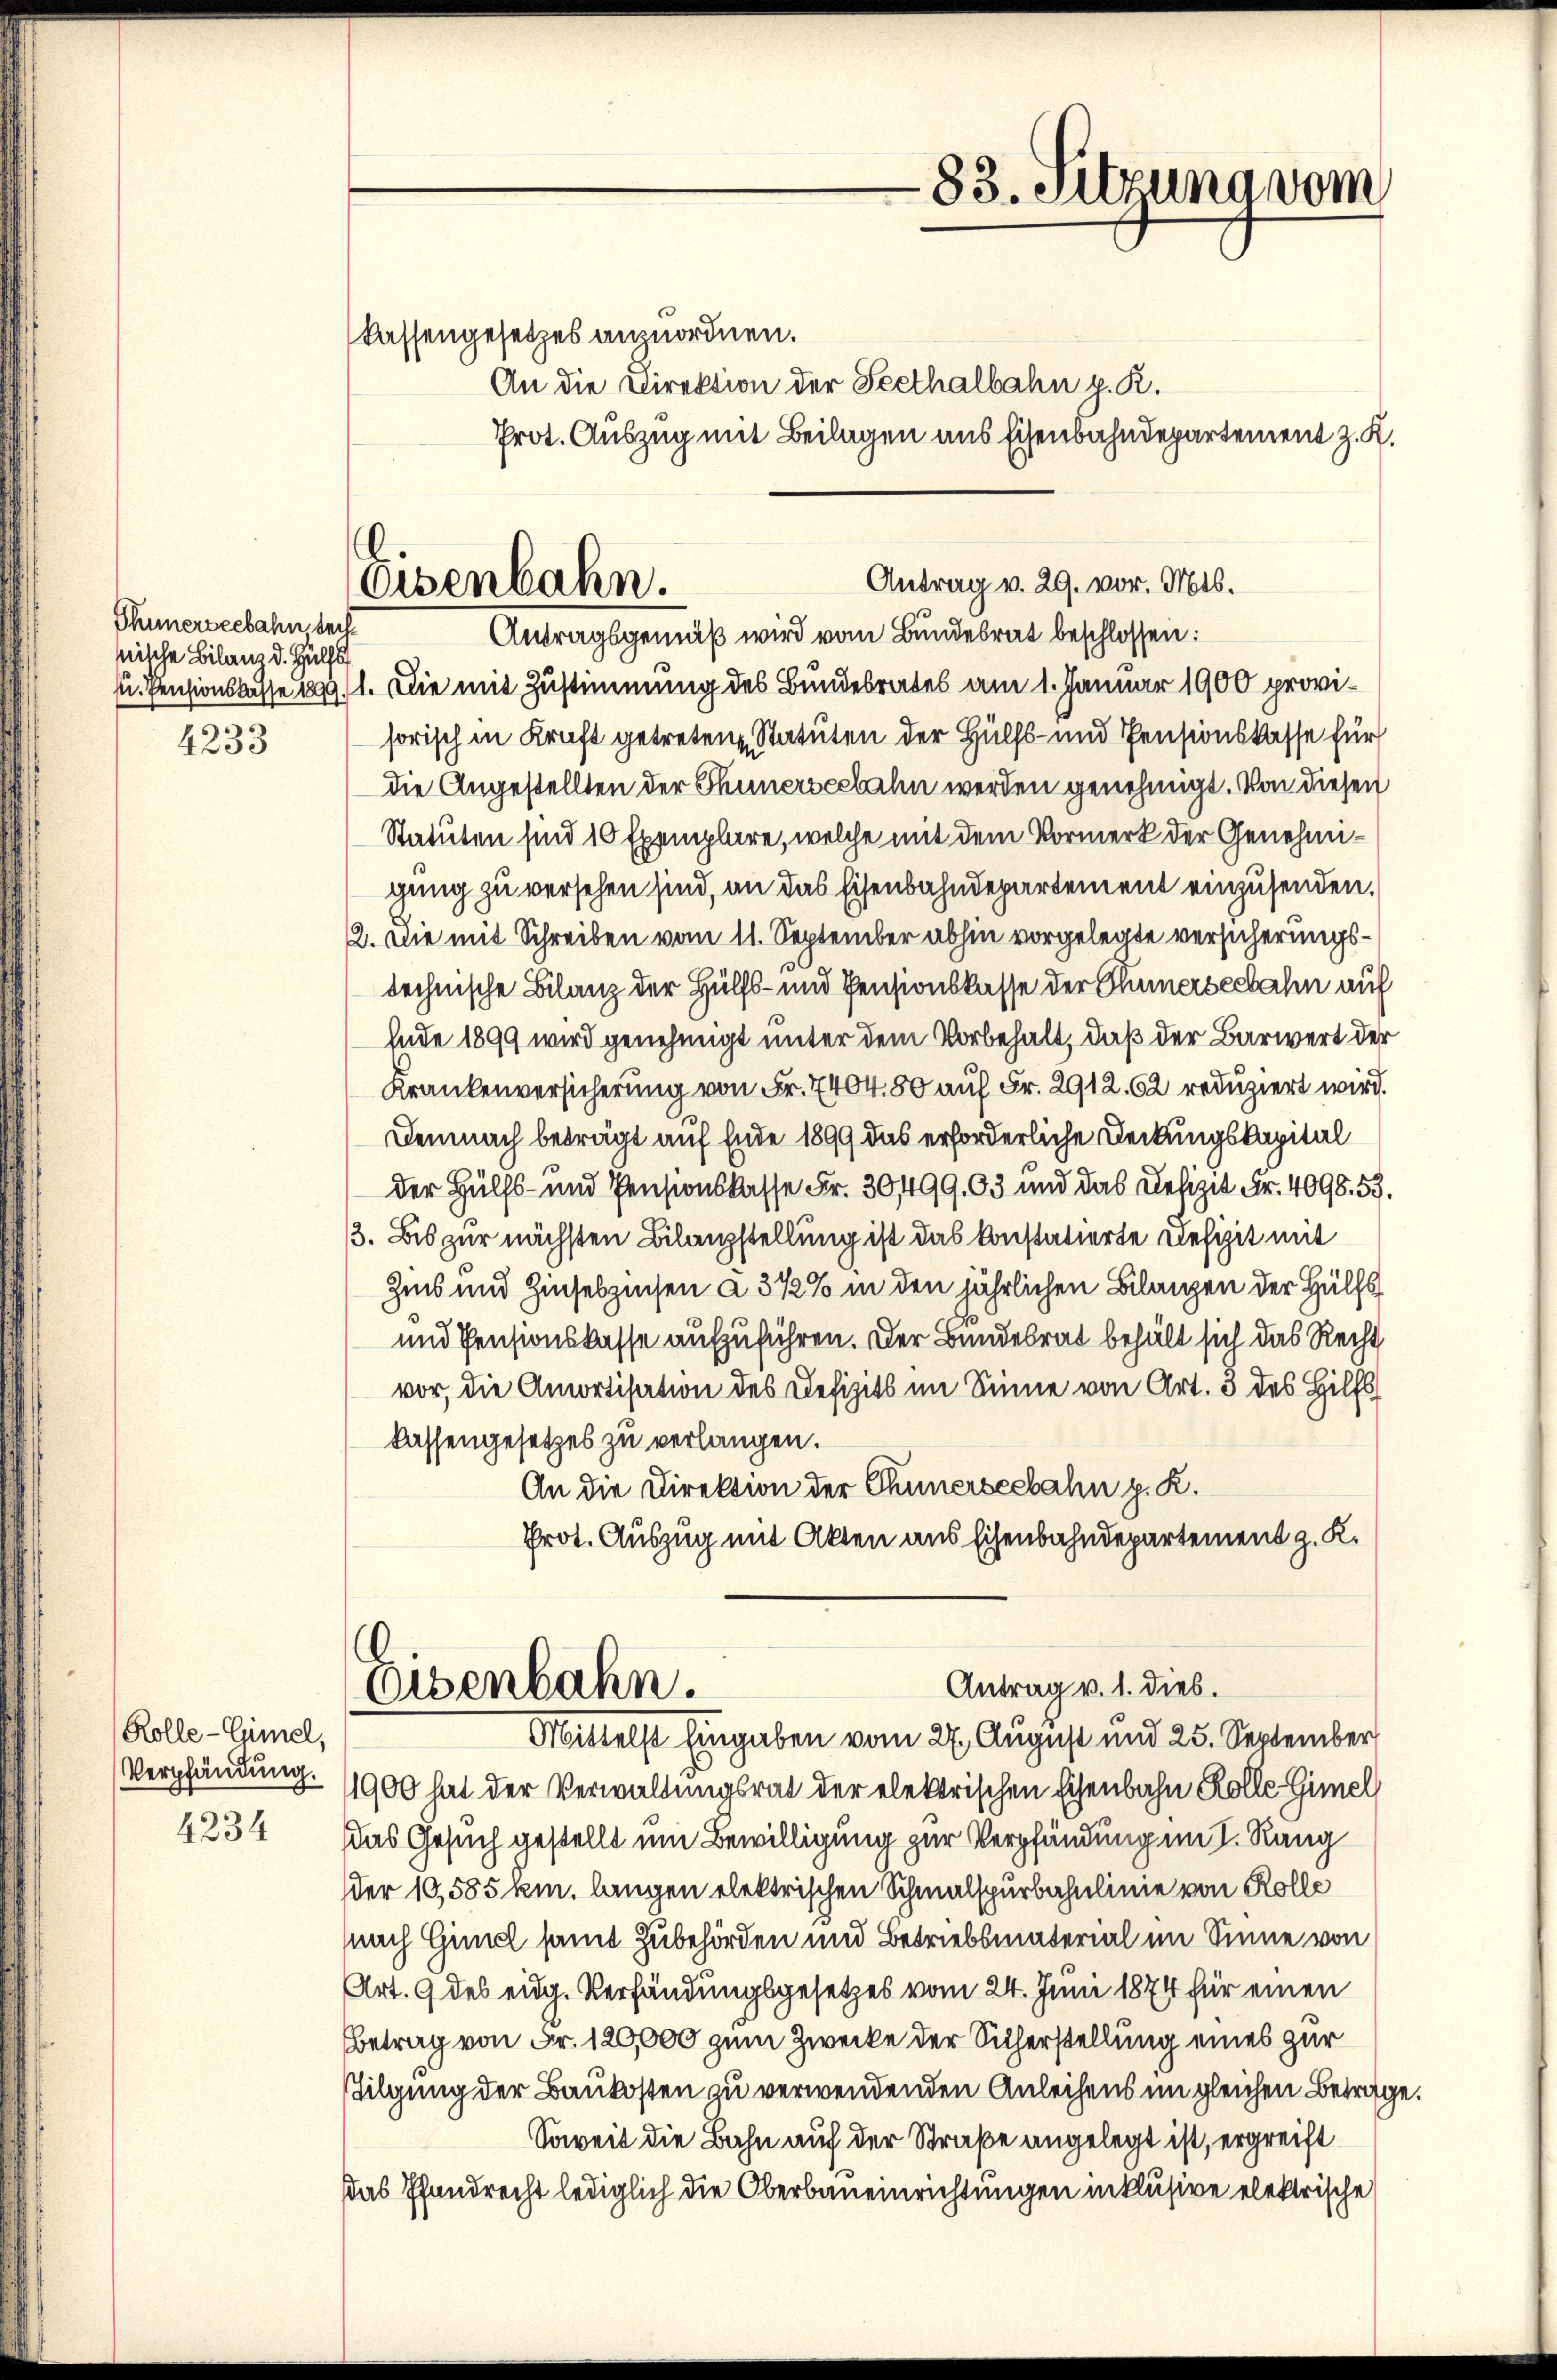
Thunerseebahn sechnische Bilans d. Hülfs

4233

Rolle-Gimel,
4234

.
Osenbahn.

-83. Sitzung vom

kassengesetzes anzuordnen.
An die Direktion der Seethalbahn p. R.
Prot. Auszug mit Beilagen aus Eisenbahndepartement z. K.

Antragsgemäß wird vom Bundesrat beschlossen:
u. Pensionslasse 1891. Die mit Zustimmung des Bundesrates am 1. Januar 1900 provisorisch in Kraft getreten Statuten der Hülfs- und Pensionskasse für
die Angestellten der Thunerseebahn werden genehmigt. Von diesen
Statuten sind 10 Exemplare, welche mit dem Vormerk der Genehmigung zu versehen sind, an das Eisenbahndepartement einzusenden.
12. Die mit Schreiben vom 11. September abhin vorgelegte versicherungstechnische Bilanz der Hülfs- und Pensionskasse der Thümerseebahn auf
Ende 1899 wird genehmigt unter dem Vorbehalt, daß der Barwert der
Krankenversicherung von Fr. 7404. 80 auf Fr. 2912. 62 reduziert wird.
Demnach beträgt auf Ende 1899 das erforderliche Deckungskapital
der Hülfs- und Pensionskasse Fr. 30499,03 und das Defizit Fr. 4098. 53.
. Bis zur nächsten Bilanzstellung ist das konstatierte Defizit mit
Zis und Zinseszinsen à 3 1/2% in den jährlichen Bilanzen der Hülfs
und Pensionskasse aufzuführen. Der Bundesrat behält sich das Recht
vor, die Amortisation des Defizits im Sinne von Art. 3 des Hilfs
kassengesetzes zu verlangen.
An die Direktion der Chunerseebahn p. K.
Prot. Auszug mit Akten aus Eisenbahndepartement z. K.

Antrag v. 29. vor. Mts.

Antrag v. 1. dies.
Eisenbahn.

Mittelst Eingaben vom 27. August und 25. September
Verpfändung. 1900 hat der Verwaltungsrat der elektrischen Eisenbahn Kolle Gimel
Das Gesuch gestellt um Bewilligung zur Verpfändung im I. Rang
der 10,585 km. langen elektrischen Schmalspurbahnlinie von Rolle
nach Giil samt Zubehörden und Betriebsmaterial im Sinne von
Art. 9 des eidg. Verfändungsgesetzes vom 24. Juni 1874 für einen
betrag von Fr. 120,000 zum Zwecke der Sicherstellung eines zur
stilgung der Baukosten zu verwendenden Anleihens im gleichen Betrage.
Soweit die Bahn auf der Straße angelegt ist, ergreift
Das Pfandrecht lediglich die Oberbaueinrichtungen in klusive elektrische